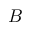
B